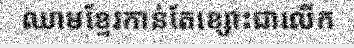
ឈាមខ្មែរកាន់តែខ្សោះជាលើក